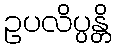
ဥပလိပ္ပန္တိ